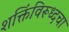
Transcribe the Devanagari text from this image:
शक्तिंविरूध्दचा